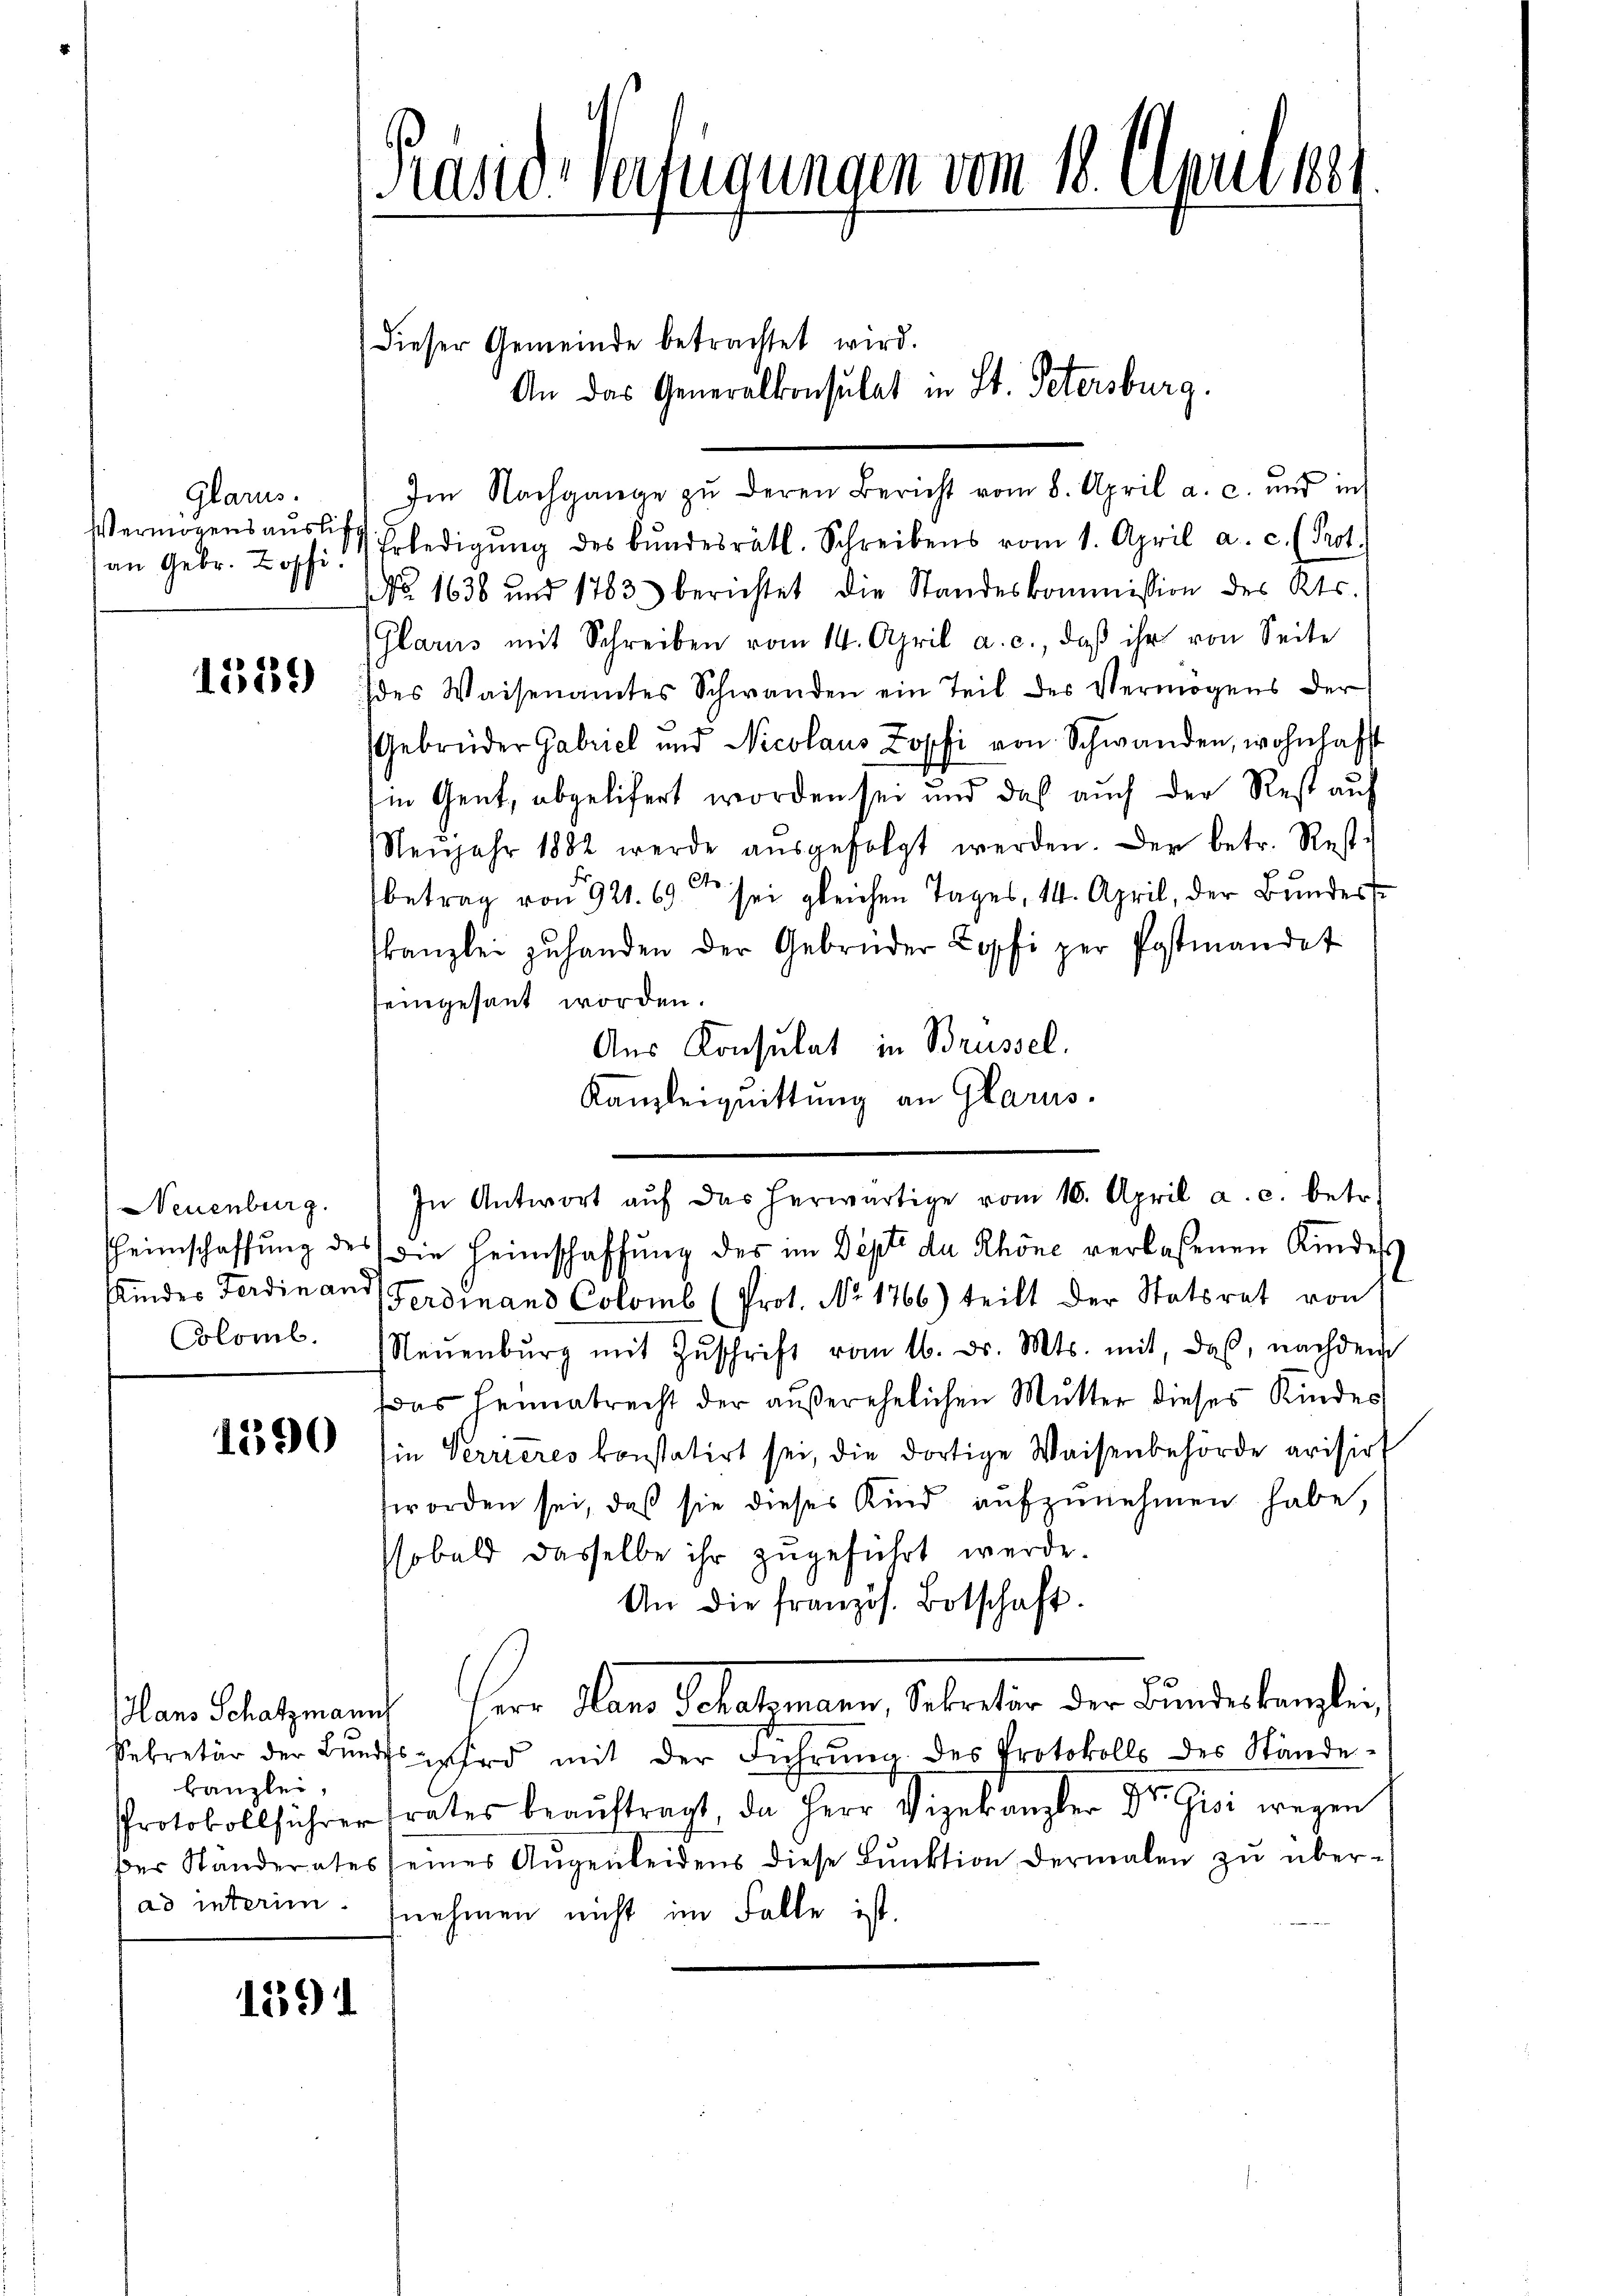
Glarus.
an Gebr. Hoffi¬

1389

Neuenburg.
Coloml.

1590

Hans Schatzmanns
kanzlei,

1591

Kasid-Verfügungen vom 18. Apul. 1881

dieser Gemeinde betrachtet wird.
An das Generalkonsulat in St. Petersburg.
Im Nachgange zŭ deren Bericht vom 8. April a. c. und in
Vermögensaŭslist Erledigŭng des Bŭndesrätl. Schreibens vom 1. April a. c. (Prot.
NNo. 1638 und 1783 berichtet die Standeskommission des Kts.
(Glarus mit Schreiben vom 14. April a. c., daβ ihr von Seite
des Waisenamtes Schwanden ein Teil des Vermögens der
Gebrüder Gabriel und Nicolaus Zopfi von Schwanden, wohnhaft
in Gent, abgelifert worden sei und daß auch der Rest auf
Neŭjahr 1882 werde aŭsgefolgt werden. Der betr. Rest-
betrag von 921. 69 sei gleichen Tages, 14. April, der Bundes
kanzlei zu handen der Gebrüder Copfi per Postmandet
seingesant worden.
Aus Konsulat in Brüssel,
Kanzleiquittung an Glarus.
In Antwort aŭf das herwärtige vom 16. April a. c. betr.
heimschaffŭng des die Heimschaffŭng des im Septe de Schöne verlassenen Kindes
Kmdes Ferdinand Ferdinand Colomb (Prot. No. 1766) teilt der Statsrat von
Neŭenbŭrg mit Zŭschrift vom 16. d. Mts. mit, daß, nachdem
Das Heimatrecht der außerehelichen Mutter dieses Kindes
in Verrieres konstatirt sei, die dortige Waisenbehörde arisirt
worden sei, daß sie dieses Kind aŭfzŭnehmen habe,
sobald dasselbe ihr zugeführt werde.
An die französ. Botschaft.
Ver den Gelehnen, betreten der Fundenkenhei
Sekretär der Bŭndes wird mit der Führŭng des Protokolls des Stände-
Protokollführer frates beaŭftragt, da Herr Vizekanzler Dr. Gisi wegen
der Ständerates seines Augenleidens diese Lunktion dermalen zu überad interim. nehmen nicht im Falle ist.